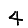
Digit: 4